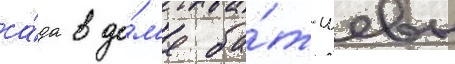
са́да в до́м'е ба́т-шевы